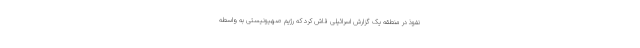
نفوذ در منطقه یک گزارش اسرائیلی فاش کرد که رژیم صهیونیستی به واسطه